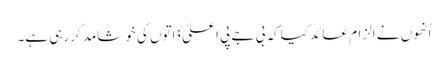
اُنھوں نے الزام عائد کیاکہ بی جے پی اعلیٰ ذاتوں کی خوشامد کررہی ہے۔